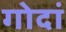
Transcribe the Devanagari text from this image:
गोदां